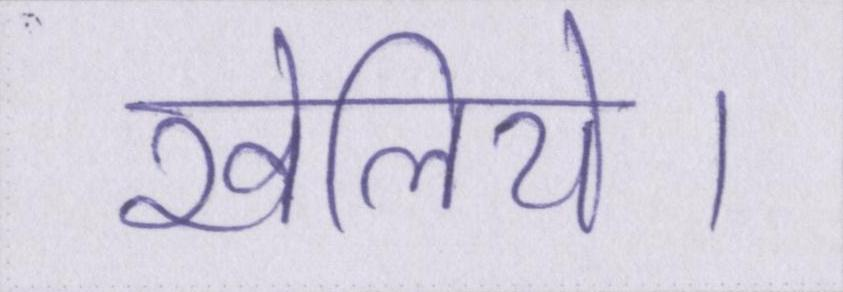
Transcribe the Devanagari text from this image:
खेलिये।